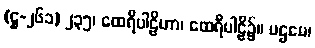
(ဋ္ဌ-၂၆၁) ၂၃၅၊ ထေရီပါဠိဟာ၊ ထေရီပါဠိ၌။ ပဌမေ၊